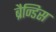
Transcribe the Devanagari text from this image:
ब्रैन्डिस